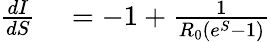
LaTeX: \begin{array}{rl}{\frac{dI}{dS}}&{{}=-1+\frac{1}{R_{0}(e^{S}-1)}}\end{array}